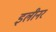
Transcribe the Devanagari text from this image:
इलीनर